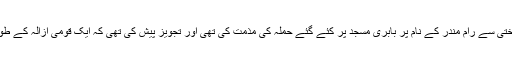
اس سانحہ کے بعد ملک نے مجموعی طور پر سختی سے رام مندر کے نام پر بابری مسجد پر کئے گئے حملہ کی مذمت کی تھی اور تجویز پیش کی تھی کہ ایک قومی ازالہ کے طور پر مسجد کو دوبارہ تعمیر کرکے دیا جائے گا۔